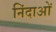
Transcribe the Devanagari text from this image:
निंदाओं